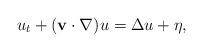
LaTeX: \begin{align*} u_t + ({\bf v} \cdot \nabla) u = \Delta u + \eta,\end{align*}